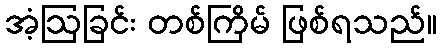
အံ့ဩခြင်း တစ်ကြိမ် ဖြစ်ရသည်။